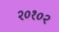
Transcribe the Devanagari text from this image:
२०१०२